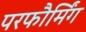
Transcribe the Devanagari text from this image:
परफौर्मिंग